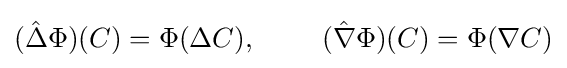
({\hat {\Delta }}\Phi )(C)=\Phi (\Delta C),\ \ \ \ \ \ \ ({\hat {\nabla }}\Phi )(C)=\Phi (\nabla C)